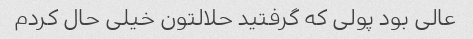
عالی بود پولی که گرفتید حلالتون خیلی حال کردم